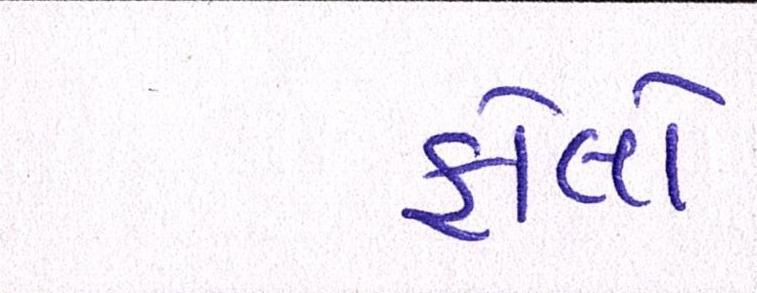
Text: ફોલો